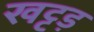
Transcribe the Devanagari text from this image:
खट्टड़